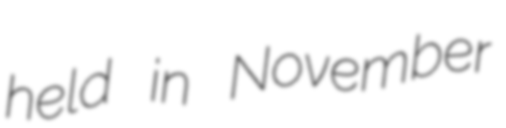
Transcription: held in November